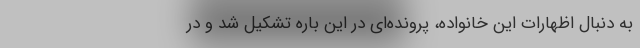
به دنبال اظهارات این خانواده، پرونده‌ای در این باره تشکیل شد و در